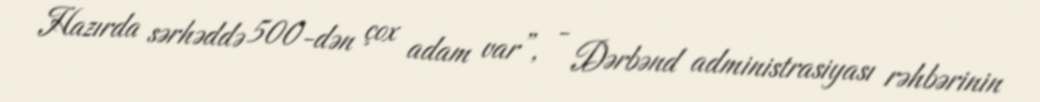
Hazırda sərhəddə 500-dən çox adam var”, - Dərbənd administrasiyası rəhbərinin